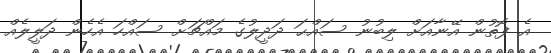
އެ ފޮތުން އޭނާއަށް ލިބުނު ސައްޙަ ދަދީލުގެ މައްޗަށް ސައްހަ އެހެން ދަލީލެއް